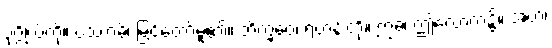
ပုဂ္ဂိုလ်ကို။ ပဿာမိ၊ မြင်တော်မူ၏။ ဘိက္ခဝေ၊ ရဟန်းတို့။ ဣဓ၊ ဤလောက၌။ အဟံ၊